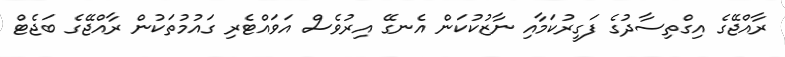
ރާއްޖޭގެ އިގްތިސާދުގެ ފަގީރުކަމާއި ނާޒުކުކަން އެނގޭ އިރުވެސް އަވައްޓެރި ގައުމުތަކުން ރާއްޖޭގެ ބަޖެޓް